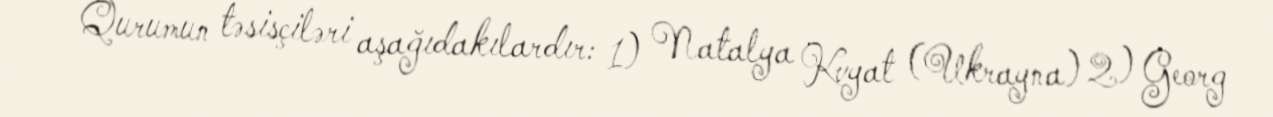
Qurumun təsisçiləri aşağıdakılardır: 1) Natalya Kvyat (Ukrayna) 2) Georg